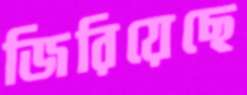
জিরিয়েছে